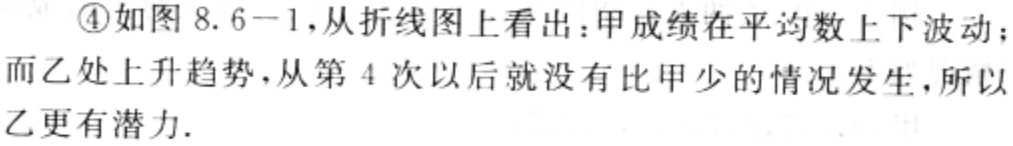
\textcircled{4}如图8.6-1，从折线图上看出：甲成绩在平均数上下波动；而乙处上升趋势，从第4次以后就没有比甲少的情况发生，所以乙更有潜力.